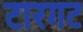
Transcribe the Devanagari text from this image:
टारगट